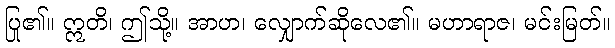
ပြု၏။ ဣတိ၊ ဤသို့။ အာဟ၊ လျှောက်ဆိုလေ၏။ မဟာရာဇ၊ မင်းမြတ်။